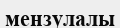
мензулалы